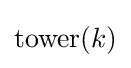
{\text{tower}}(k)